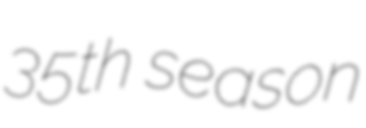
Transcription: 35th season